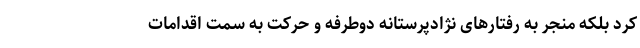
کرد بلکه منجر به رفتارهای نژادپرستانه دوطرفه و حرکت به سمت اقدامات